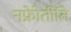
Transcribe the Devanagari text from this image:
नफ्रोेतीति